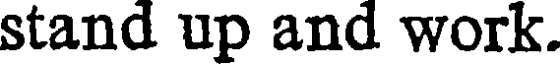
stand up and work.